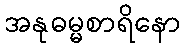
အနုဓမ္မစာရိနော